Leaving Certificate Examination, 1918
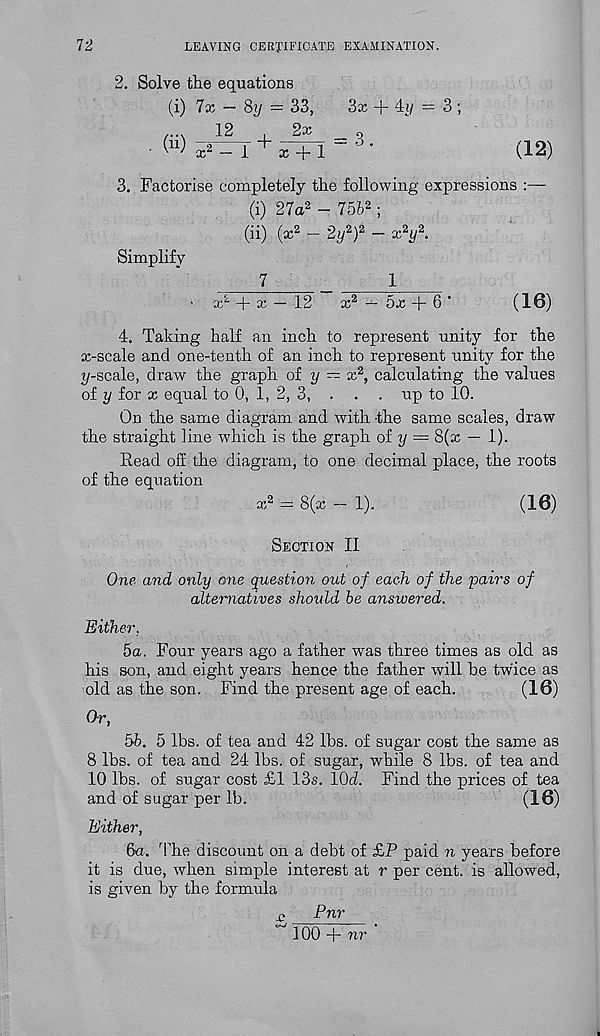
It
LEAVING CERTIFICATE EXAMINATION.
2. Solve the equations
(i) 7x — 8y = 33,
\
12
,
2x
. (>')
^
3x + 4i/ = 3 ;
= 3.
(12)
3. Factorise completely the following expressions :—
(i) 27a 2 - 75b 2 ;
(ii) (x 2 — 2y 2 ) 2 — x 2 y 2 .
Simplify
7
1
• x L + x — 12
x 2 — 5x + 6 ’
(16)
4. Talcing half an inch to represent unity for the
x-scale and one-tenth of an inch to represent unity for the
y-scale, draw the graph of y ~ x 2 , calculating the values
of y for x equal to 0, 1, 2, 3, . . . up to 10.
On the same diagram and with -the same scales, draw
the straight line which is the graph of y = 8(x — 1).
Read off the diagram, to one decimal place, the roots
of the equation
x 2 = 8(x — 1).
(16)
Section II
One and only one question out of each of the pairs of
alternatives should be answered.
Either.
5a. Four years ago a father was three times as old as
his son, and eight years hence the father will be twice as
old as the son. Find the present age of each.
(16)
Or,
5b. 5 lbs. of tea and 42 lbs. of sugar cost the same as
8 lbs. of tea and 24 lbs. of sugar, while 8 lbs. of tea and
10 lbs. of sugar cost £1 13s. 10d. Find the prices of tea
and of sugar per lb.
(16)
Either,
6a. The discount on a debt of £P paid n years before
it is due, when simple interest at r per cent, is allowed,
is given by the formula
o
Pnr
100 + nr